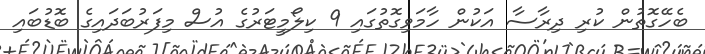
ބެހޭގޮތުން ކުރި ދިރާސާ އަކުން ހާމަވިގޮތުގައި 9 ކިލޯމީޓަރުގެ އުސް މިފަރުބަދައިގެ ބޮޑުބައި